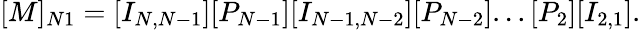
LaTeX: [M]_{N1}=[I_{N,N-1}][P_{N-1}][I_{N-1,N-2}][P_{N-2}]...[P_{2}][I_{2,1}].